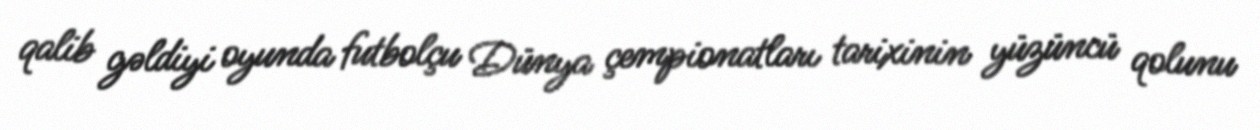
qalib gəldiyi oyunda futbolçu Dünya çempionatları tarixinin yüzüncü qolunu